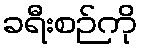
ခရီးစဉ်ကို